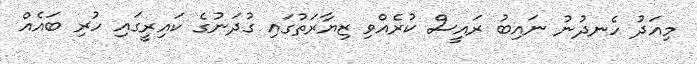
މިއަދު ހެނދުނު ނައިބު ރައީސް ކުރެއްވި ޒިޔާރަތުގައި ގުދަނުގެ ކައިރީގައި ހުރި ބައެއް